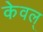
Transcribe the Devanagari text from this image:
केवल्